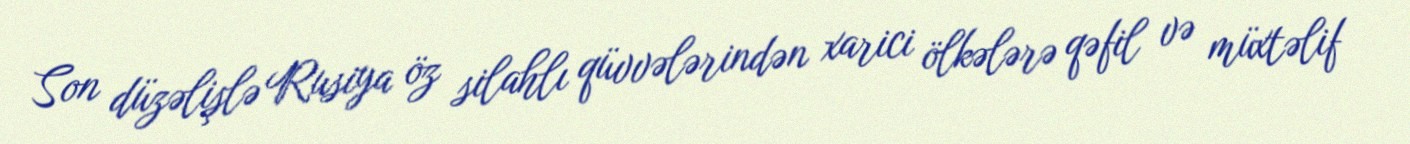
Son düzəlişlə Rusiya öz silahlı qüvvələrindən xarici ölkələrə qəfil və müxtəlif